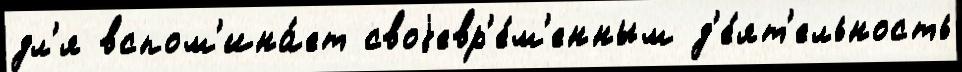
дл'я вспом'ина́ет своjевр'е́м'енным д'е́ят'ельность